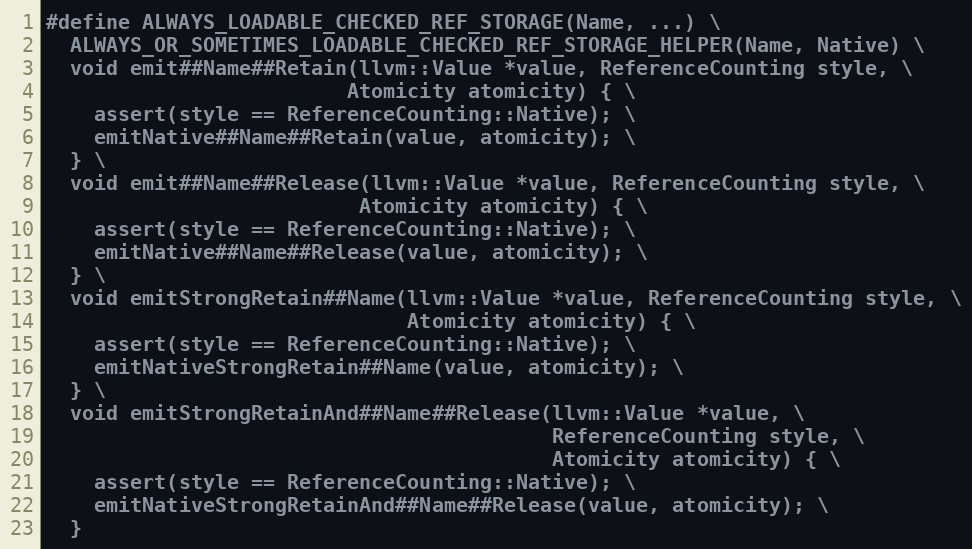
Language: C
#define ALWAYS_LOADABLE_CHECKED_REF_STORAGE(Name, ...) \
  ALWAYS_OR_SOMETIMES_LOADABLE_CHECKED_REF_STORAGE_HELPER(Name, Native) \
  void emit##Name##Retain(llvm::Value *value, ReferenceCounting style, \
                         Atomicity atomicity) { \
    assert(style == ReferenceCounting::Native); \
    emitNative##Name##Retain(value, atomicity); \
  } \
  void emit##Name##Release(llvm::Value *value, ReferenceCounting style, \
                          Atomicity atomicity) { \
    assert(style == ReferenceCounting::Native); \
    emitNative##Name##Release(value, atomicity); \
  } \
  void emitStrongRetain##Name(llvm::Value *value, ReferenceCounting style, \
                              Atomicity atomicity) { \
    assert(style == ReferenceCounting::Native); \
    emitNativeStrongRetain##Name(value, atomicity); \
  } \
  void emitStrongRetainAnd##Name##Release(llvm::Value *value, \
                                          ReferenceCounting style, \
                                          Atomicity atomicity) { \
    assert(style == ReferenceCounting::Native); \
    emitNativeStrongRetainAnd##Name##Release(value, atomicity); \
  }